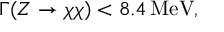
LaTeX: \Gamma ( Z \rightarrow \chi \chi ) < 8 . 4 \, \mathrm { M e V } ,